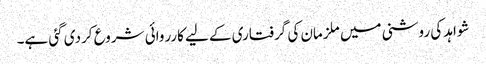
شواہد کی روشنی میں ملزمان کی گرفتاری کے لیے کارروائی شروع کردی گئی ہے۔